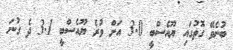
ބުނެވޭ ގޮތުގައި ޔޫއެސްބީ 3.0 އަށް ވުރެ ޔޫއެސްބީ 3.1 ދެ ގުނަ